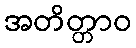
အတိတ္တာဝ